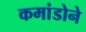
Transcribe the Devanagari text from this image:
कमांडोने